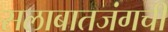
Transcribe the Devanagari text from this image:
सलाबातजंगची